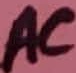
Text: AC